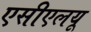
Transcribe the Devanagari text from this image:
एसीएलयू